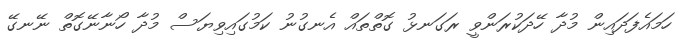
ހަމައެފަދައިން މުދާ ހޭދަކުރަންވީ ރަގަނޅު ގޮތްތައް އެނގުނު ކަމުގައިވިޔަސް މުދާ ހޯނާނޭގޮތް ނޭނގޭ